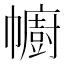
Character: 幮